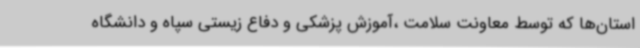
استان‌ها که توسط معاونت سلامت ،آموزش پزشکی و دفاع زیستی سپاه و دانشگاه